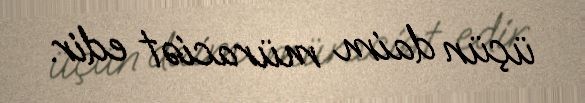
üçün daim müraciət edir.